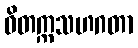
ဝိတက္ကသဟဂတာ